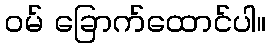
ဝမ် ခြောက်ထောင်ပါ။